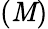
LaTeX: (\mathit{M})